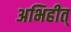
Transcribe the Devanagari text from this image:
अभिहीत्